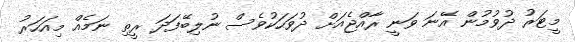
މީޓަރު ދުވުމުން އޭނަ ވަނީ ރާއްޖެއަށް ދުވަހަކުވެސް ނުލިބޭފަދަ ރީތި ނަމެއް މިއަހަރު